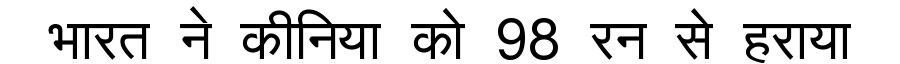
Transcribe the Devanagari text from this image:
भारत ने कीनिया को 98 रन से हराया